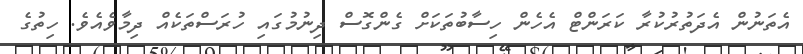
އެތަނުން އެދަތުރުކުރާ ކަރަންޓް އެހެން ހިސާބުތަކަށް ގެންގޮސް ދިނުމުގައި ހުރަސްތަކެއް ދިމާވެއެވެ. ހިތުގެ